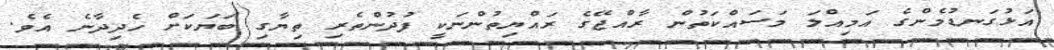
އަޅުގަނޑުމެންގެ އަމިއްލަ މަސައްކަތުން ރާއްޖޭގެ ރައްޔިތުންނަކީ ފުދުންތެރި ތިޔާގި ބަޔަކަށް ހެދިދާނެ އެވެ.